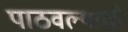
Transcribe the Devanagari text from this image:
पाठवल्याची